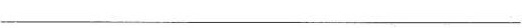
___